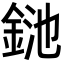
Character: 𨦥